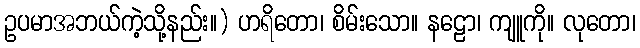
ဥပမာအဘယ်ကဲ့သို့နည်း။) ဟရိတော၊ စိမ်းသော။ နဠော၊ ကျူကို။ လုတော၊